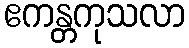
ဧကန္တကုသလာ